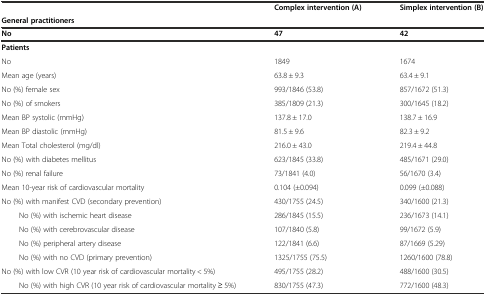
|  | Complex intervention (A) | Simplex intervention (B) |
 | <COLSPAN=3> General practitioners |
 | No | 47 | 42 |
 | --- | --- | --- |
 | <COLSPAN=3> Patients |
 | No | 1849 | 1674 |
 | Mean age (years) | 63.8 ± 9.3 | 63.4 ± 9.1 |
 | No (%) female sex | 993/1846 (53.8) | 857/1672 (51.3) |
 | No (%) of smokers | 385/1809 (21.3) | 300/1645 (18.2) |
 | Mean BP systolic (mmHg) | 137.8 ± 17.0 | 138.7 ± 16.9 |
 | Mean BP diastolic (mmHg) | 81.5 ± 9.6 | 82.3 ± 9.2 |
 | Mean Total cholesterol (mg/dl) | 216.0 ± 43.0 | 219.4 ± 44.8 |
 | No (%) with diabetes mellitus | 623/1845 (33.8) | 485/1671 (29.0) |
 | No (%) renal failure | 73/1841 (4.0) | 56/1670 (3.4) |
 | Mean 10-year risk of cardiovascular mortality | 0.104 (±0.094) | 0.099 (±0.088) |
 | No (%) with manifest CVD (secondary prevention) | 430/1755 (24.5) | 340/1600 (21.3) |
 | No (%) with ischemic heart disease | 286/1845 (15.5) | 236/1673 (14.1) |
 | No (%) with cerebrovascular disease | 107/1840 (5.8) | 99/1672 (5.9) |
 | No (%) peripheral artery disease | 122/1841 (6.6) | 87/1669 (5.29) |
 | No (%) with no CVD (primary prevention) | 1325/1755 (75.5) | 1260/1600 (78.8) |
 | No (%) with low CVR (10 year risk of cardiovascular mortality < 5%) | 495/1755 (28.2) | 488/1600 (30.5) |
 | No (%) with high CVR (10 year risk of cardiovascular mortality ≥ 5%) | 830/1755 (47.3) | 772/1600 (48.3) |